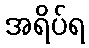
အရိပ်ရ